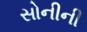
સોનીની